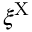
\xi ^ { \mathrm { X } }